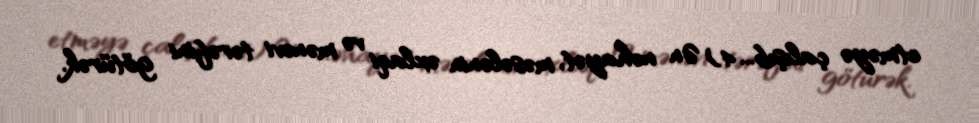
etməyə çalışıb... 4) Ən nəhayət, məsələnin əxlaqi və mənəvi tərəfini götürək.